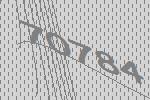
70784